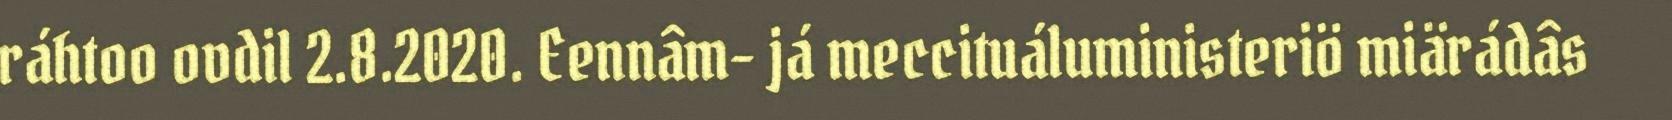
ráhtoo ovdil 2.8.2020. Eennâm- já meccituáluministeriö miärádâs